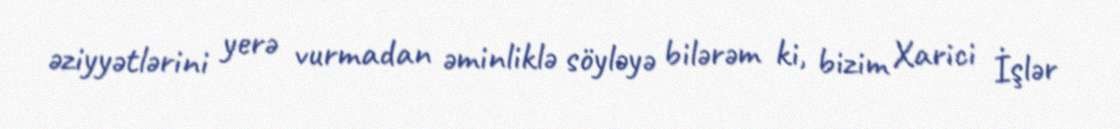
əziyyətlərini yerə vurmadan əminliklə söyləyə bilərəm ki, bizim Xarici İşlər